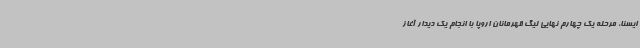
ایسنا، مرحله یک چهارم نهایی لیگ قهرمانان اروپا با انجام یک دیدار آغاز